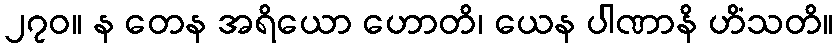
၂၇၀။ န တေန အရိယော ဟောတိ၊ ယေန ပါဏာနိ ဟိံသတိ။